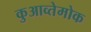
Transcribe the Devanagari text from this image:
कुआव्तेमोक